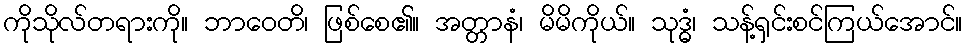
ကိုသိုလ်တရားကို။ ဘာဝေတိ၊ ဖြစ်စေ၏။ အတ္တာနံ၊ မိမိကိုယ်။ သုဒ္ဓံ၊ သန့်ရှင်းစင်ကြယ်အောင်။